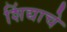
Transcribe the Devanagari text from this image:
शिंद्याचे